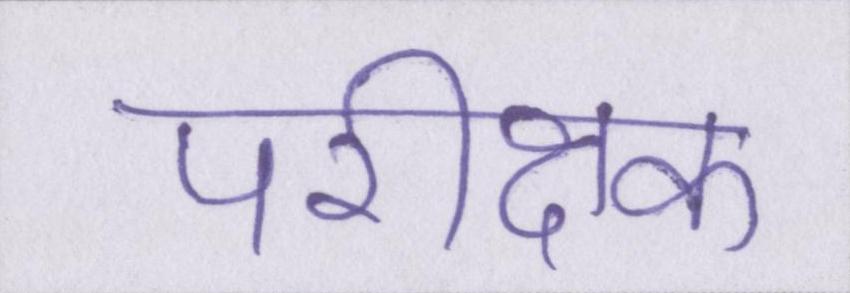
परीक्षक